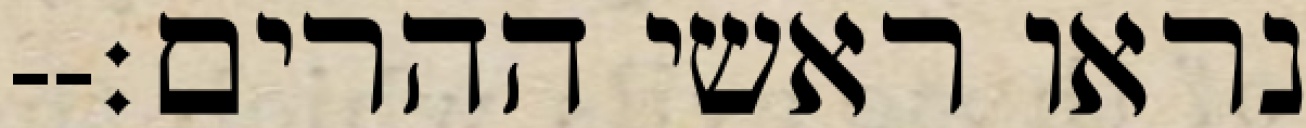
נראו ראשי ההרים׃--